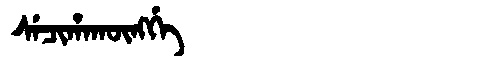
Manchu: ᠰᡝᠴᡳᡥᠠᡴᡡᠩᡤᡝ
Romanization: SECIHAKŪNGGE